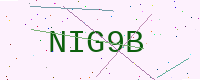
Text: NIG9B